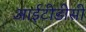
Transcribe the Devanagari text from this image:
आईटीडीसी